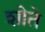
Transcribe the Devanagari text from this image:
शोते